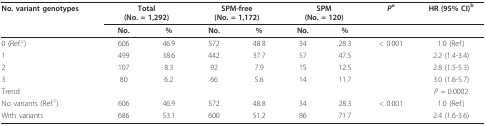
| No. variant genotypes | <COLSPAN=2> Total(No. = 1,292) | <COLSPAN=2> SPM-free(No. = 1,172) | <COLSPAN=2> SPM(No. = 120) | Pa | HR (95% CI)b |
 |  | No. | % | No. | % | No. | % |  |  |
 | --- | --- | --- | --- | --- | --- | --- | --- | --- |
 | 0 (Ref.c) | 606 | 46.9 | 572 | 48.8 | 34 | 28.3 | < 0.001 | 1.0 (Ref.) |
 | 1 | 499 | 38.6 | 442 | 37.7 | 57 | 47.5 |  | 2.2 (1.4-3.4) |
 | 2 | 107 | 8.3 | 92 | 7.9 | 15 | 12.5 |  | 2.8 (1.5-5.3) |
 | 3 | 80 | 6.2 | 66 | 5.6 | 14 | 11.7 |  | 3.0 (1.6-5.7) |
 | Trend |  |  |  |  |  |  |  | P = 0.0002 |
 | No variants (Ref.c) | 606 | 46.9 | 572 | 48.8 | 34 | 28.3 | < 0.001 | 1.0 (Ref.) |
 | With variants | 686 | 53.1 | 600 | 51.2 | 86 | 71.7 |  | 2.4 (1.6-3.6) |